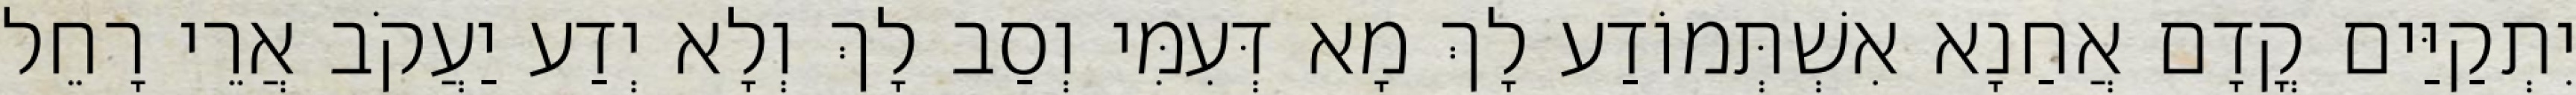
יִתְקַיַּים קֳדָם אֲחַנָא אִשְׁתְּמוֹדַע לָךְ מָא דְּעִמִּי וְסַב לָךְ וְלָא יְדַע יַעֲקֹב אֲרֵי רָחֵל